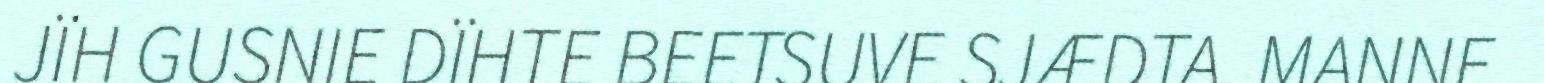
JÏH GUSNIE DÏHTE BEETSUVE SJÆDTA. MANNE